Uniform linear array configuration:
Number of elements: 48
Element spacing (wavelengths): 0.25
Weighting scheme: cosine
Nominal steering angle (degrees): -60
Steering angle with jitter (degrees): -59.657
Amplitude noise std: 0.05
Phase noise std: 0.05

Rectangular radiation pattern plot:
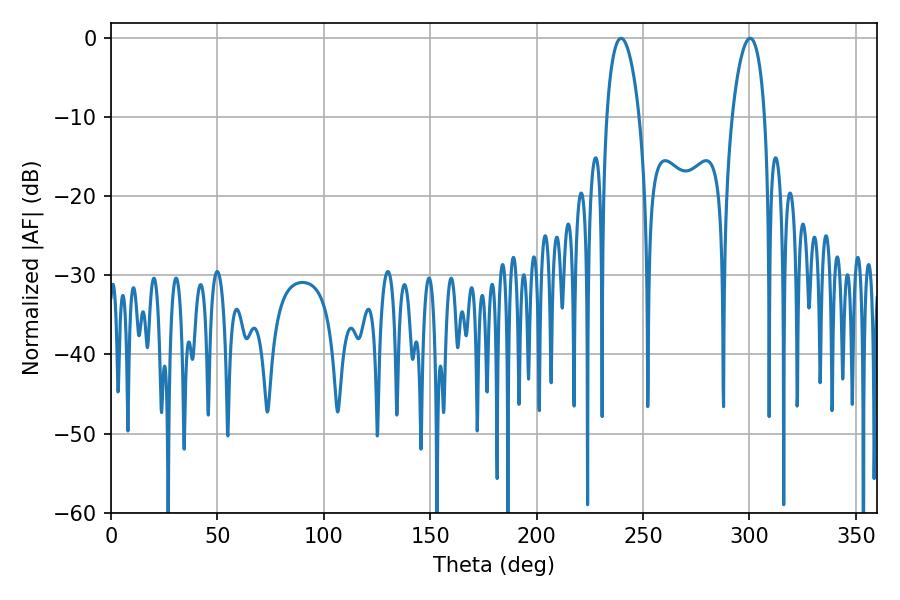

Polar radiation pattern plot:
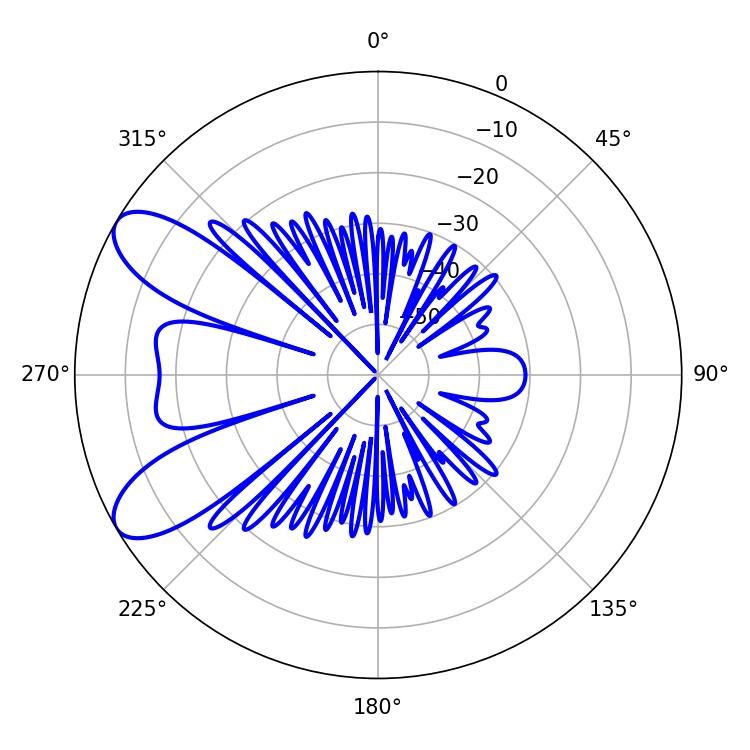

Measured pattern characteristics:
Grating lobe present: FALSE
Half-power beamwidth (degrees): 8.64
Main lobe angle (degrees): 239.76